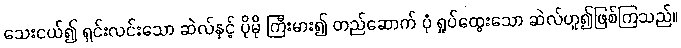
သေးငယ်၍ ရှင်းလင်းသော ဆဲလ်နှင့် ပိုမို ကြီးမား၍ တည်ဆောက် ပုံ ရှုပ်ထွေးသော ဆဲလ်ဟူ၍ဖြစ်ကြသည်။